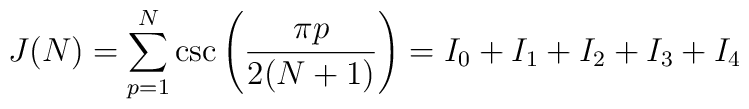
J(N)= \sum_{p=1}^N \csc\left({\pi p\over 2(N+1)}\right)=I_0+I_1+I_2+I_3+I_4